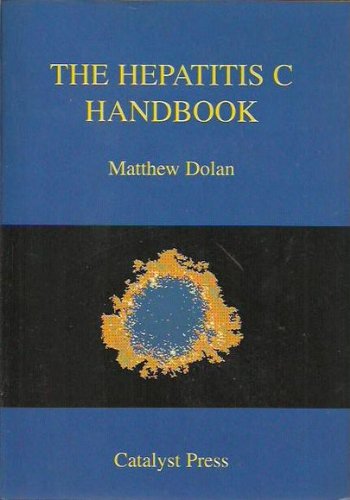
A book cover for Hep C Handbook; Matthew James Dolan; Health, Fitness & Dieting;